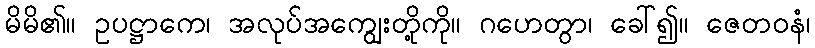
မိမိ၏။ ဥပဋ္ဌာကေ၊ အလုပ်အကျွေးတို့ကို။ ဂဟေတွာ၊ ခေါ်၍။ ဇေတဝနံ၊